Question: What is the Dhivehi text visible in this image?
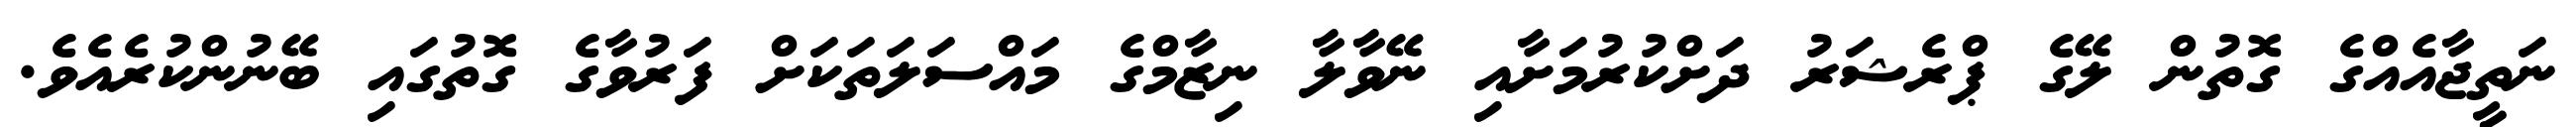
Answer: ނަތީޖާއެއްގެ ގޮތުން ލޭގެ ޕްރެޝަރު ދަށްކުރުމަށާއި ނޭވާލާ ނިޒާމްގެ މައްސަލަތަކަށް ފަރުވާގެ ގޮތުގައި ބޭނުންކުރެއެވެ.